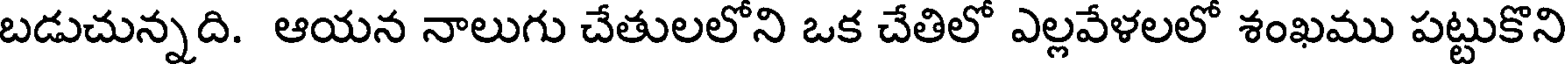
బడుచున్నది. ఆయన నాలుగు చేతులలోని ఒక చేతిలో ఎల్లవేళలలో శంఖము పట్టుకొని